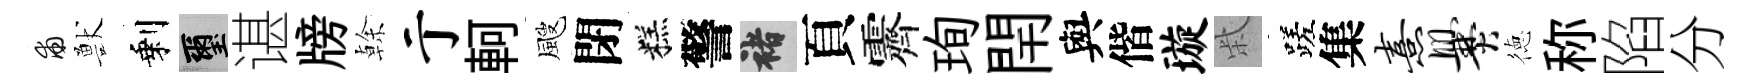
甫獸剩璽谌牓𠏉亍軻颼閉糕警褚頁霽珣閈與偕璇柴蹉集熹爨徳称陷分